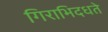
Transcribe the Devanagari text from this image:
गिराभिदधते